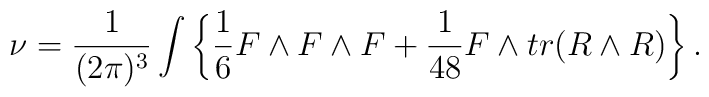
\nu={1\over (2\pi)^3} \int \left\{ {1\over 6}F\wedge F\wedge F+{1\over 48} F\wedge tr(R\wedge R)\right\}.